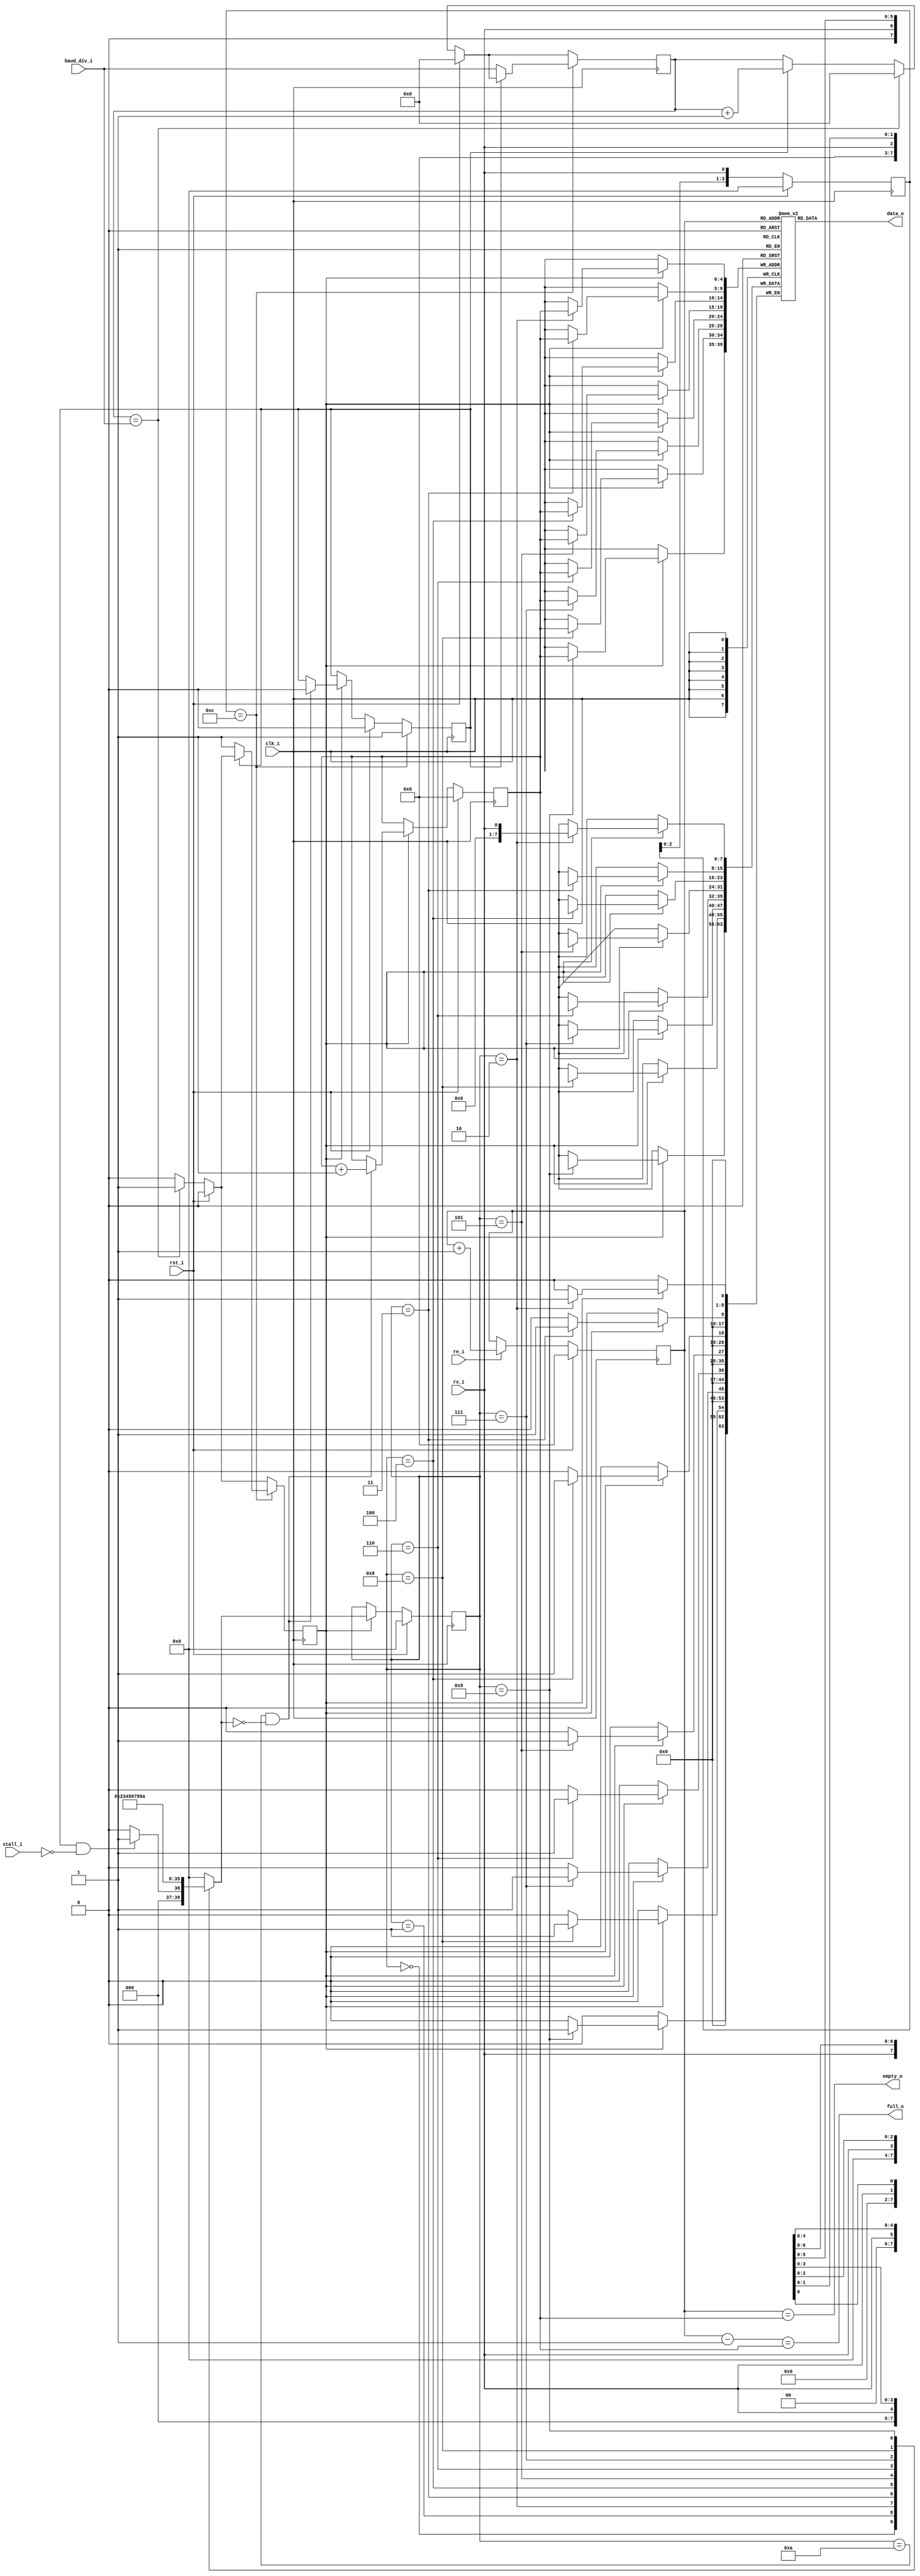
module uart_rx (
   input  wire         clk_i,
   input  wire         rst_i,
   input  wire [15: 0] baud_div_i,
   input  wire         re_i,
   input  wire         stall_i,
   output wire [ 7: 0] data_o,
   output wire         full_o,
   output wire         empty_o,
   input  wire         rx_i
);

   localparam DATA_SIZE = 4'd8;
   
   reg [3:0] state;
   reg [3:0] next;
   
   localparam IDLE      = 4'd0,
              START_BIT = 4'd1,
              DATA_0    = 4'd2,
              DATA_1    = 4'd3,
              DATA_2    = 4'd4,
              DATA_3    = 4'd5,
              DATA_4    = 4'd6,
              DATA_5    = 4'd7,
              DATA_6    = 4'd8,
              DATA_7    = 4'd9,
              STOP_BIT  = 4'd10;
   
   reg [7:0]  queue [31:0];
   reg [4:0]  read_ptr;
   reg [4:0]  write_ptr;
   reg [15:0] counter;
   reg        uart_clk_pulse;
   
   wire [4:0] limit = read_ptr-1;
   assign full_o  = (limit    == write_ptr);
   assign empty_o = (read_ptr == write_ptr);
   assign data_o  = queue[read_ptr];
   
   reg [3:0] start_pattern;
   reg       start_r;
   
   always @(posedge clk_i) begin
      if(rst_i)                state <= IDLE;
      else if(uart_clk_pulse)  state <= next;
      
      if (rst_i) begin
         read_ptr       <= 0;
         write_ptr      <= 0;
         counter        <= 0;
         uart_clk_pulse <= 0;
         start_pattern  <= 0;
         start_r        <= 0;
      end else begin
         if(re_i) begin
            read_ptr         <= read_ptr + 1;
         end
         if(uart_clk_pulse)begin
            if((state == STOP_BIT) && (next == IDLE)) begin
               write_ptr <= write_ptr + 1;
               start_r  <= 1'b0;
            end
         end
         if(counter == baud_div_i) begin
            counter        <= 0;
            uart_clk_pulse <= 1'b1;
         end else begin
            if(start_r) counter <= counter + 1;
            uart_clk_pulse <= 1'b0;
         end
         start_pattern <= {start_pattern[2:0],rx_i};
      end
      if(start_pattern == 4'b1100) begin
         start_r <= 1'b1;
         if(~start_r) begin
            uart_clk_pulse <= 1'b1;
            counter <= baud_div_i;
         end
      end
   end
   
   always @(*) begin
      case(state)
         IDLE:  if(start_r && ~stall_i) next = START_BIT;
                else                     next = IDLE;
         START_BIT: next = DATA_0;
         DATA_0:    next = DATA_1;
         DATA_1:    next = DATA_2;
         DATA_2:    next = DATA_3;
         DATA_3:    next = DATA_4;
         DATA_4:    next = DATA_5;
         DATA_5:    next = DATA_6;
         DATA_6:    next = DATA_7;
         DATA_7:    next = STOP_BIT;
         STOP_BIT:  next = IDLE;
         default:   next = IDLE;
      endcase
   end
   always @(posedge clk_i) begin
      if(uart_clk_pulse)begin
         case(state)
            DATA_0: queue[write_ptr][0] <= rx_i;
            DATA_1: queue[write_ptr][1] <= rx_i;
            DATA_2: queue[write_ptr][2] <= rx_i;
            DATA_3: queue[write_ptr][3] <= rx_i;
            DATA_4: queue[write_ptr][4] <= rx_i;
            DATA_5: queue[write_ptr][5] <= rx_i;
            DATA_6: queue[write_ptr][6] <= rx_i;
            DATA_7: queue[write_ptr][7] <= rx_i;
            default: begin
            end
         endcase
      end
   end
endmodule